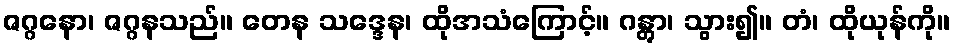
ဇဂ္ဂနော၊ ဇဂ္ဂနသည်။ တေန သဒ္ဒေန၊ ထိုအသံကြောင့်။ ဂန္တွာ၊ သွား၍။ တံ၊ ထိုယုန်ကို။